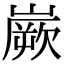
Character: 嶡